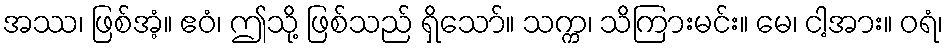
အဿ၊ ဖြစ်အံ့။ ဧဝံ၊ ဤသို့ ဖြစ်သည် ရှိသော်။ သက္က၊ သိကြားမင်း။ မေ၊ ငါ့အား။ ဝရံ၊